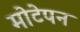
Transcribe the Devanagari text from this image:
मोटेपन